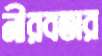
নীরবতার